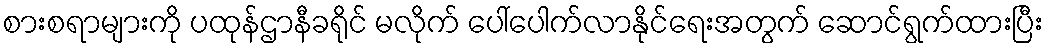
စားစရာများကို ပထုန်ဌာနီခရိုင် မလိုက် ပေါ်ပေါက်လာနိုင်ရေးအတွက် ဆောင်ရွက်ထားပြီး